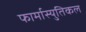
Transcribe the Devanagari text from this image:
फार्मास्युतिकल